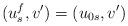
LaTeX: \begin{align*} (u_s^f,v')=(u_{0s},v')\end{align*}